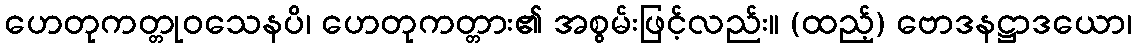
ဟေတုကတ္တုဝသေနပိ၊ ဟေတုကတ္တား၏ အစွမ်းဖြင့်လည်း။ (ထည့်) ဗောဒနဋ္ဌာဒယော၊